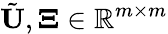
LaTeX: \tilde{\mathbf{U}},\mathbf{\Xi}\in\mathbb{R}^{m\times m}